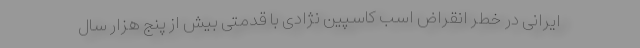
ایرانی در خطر انقراض اسب کاسپین نژادی با قدمتی بیش از پنج هزار سال